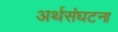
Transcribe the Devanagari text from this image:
अर्थसंघटना